Madras plague regulations and rules - Volume 2
Disease focus: Plague
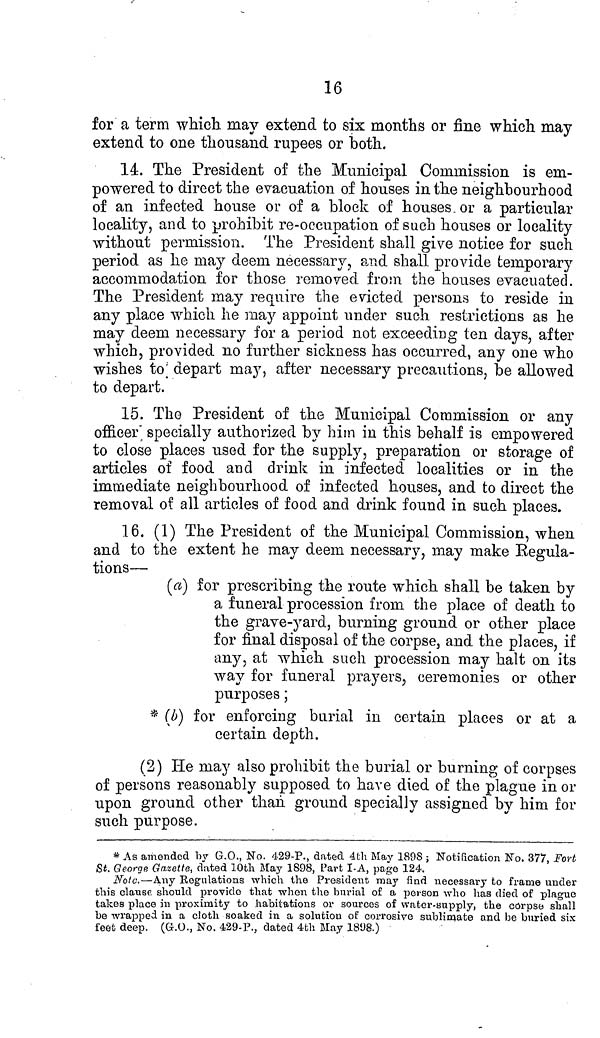
16
for a term which may extend to six months or fine which may
extend to one thousand rupees or both.
14. The President of the Municipal Commission is em-
powered to direct the evacuation of houses in the neighbourhood
of an infected house or of a block of houses or a particular
locality, and to prohibit re-occupation of such houses or locality
without permission. The President shall give notice for such
period as he may deem necessary, and shall provide temporary
accommodation for those removed from the houses evacuated.
The President may require the evicted persons to reside in
any place which he may appoint under such restrictions as he
may deem necessary for a period not exceeding ten days, after
which, provided no further sickness has occurred, any one who
wishes to depart may, after necessary precautions, be allowed
to depart.
15. The President of the Municipal Commission or any
officer specially authorized by him in this behalf is empowered
to close places used for the supply, preparation or storage of
articles of food and drink in infected localities or in the
immediate neighbourhood of infected houses, and to direct the
removal of all articles of food and drink found in such places.
16. (1) The President of the Municipal Commission, when
and to the extent he may deem necessary, may make Regula-
tions—
(a) for prescribing the route which shall be taken by
a funeral procession from the place of death to
the grave-yard, burning ground or other place
for final disposal of the corpse, and the places, if
any, at which such procession may halt on its
way for funeral prayers, ceremonies or other
purposes;
* (b) for enforcing burial in certain places or at a
certain depth.
(2) He may also prohibit the burial or burning of corpses
of persons reasonably supposed to have died of the plague in or
upon ground other than ground specially assigned by him for
such purpose.
* As amended by G.O., No. 429-P., dated 4th May 1898 ; Notification No. 377, Fort
St. George Gazette, dated 10th May 1898, Part I-A, page 124.
Note.—Any Rogulations which the President may find necessary to frame under
this clause should provide that when the burial of a person who has died of plague
takes place in proximity to habitations or sources of water-supply, the corpse shall
be wrapped in a cloth soaked in a solution of corrosive sublimate and be buried six
feet deep. (G.O., No. 429-P., dated 4th May 1898.)